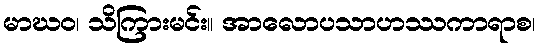
မာဃဝ၊ သိကြားမင်း။ အာလောပသာဟဿကာရာစ၊